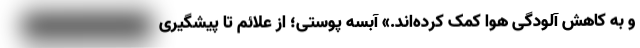
و به کاهش آلودگی هوا کمک کرده‌اند.» آبسه پوستی؛ از علائم تا پیشگیری